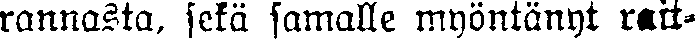
rannasta, sekä samalle myöntänyt rait-